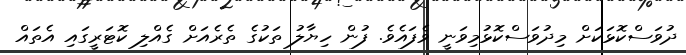
ދުވަސްކޮޅަކަށް މިދުވަސްކޮޅުމިވަނީ ވެފައެވެ. ފުން ހިޔާލު ތަކުގެ ތެރެއަށް ގެއްލި ކޮޓަރީގައި އެތައް